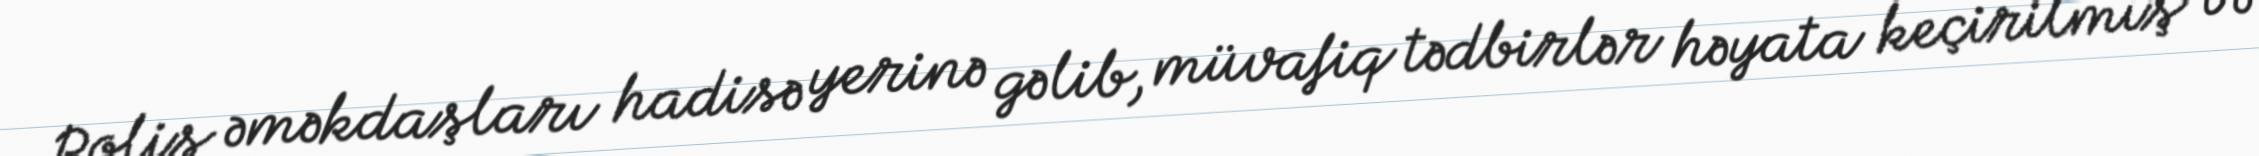
Polis əməkdaşları hadisə yerinə gəlib, müvafiq tədbirlər həyata keçirilmiş və